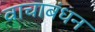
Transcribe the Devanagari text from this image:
वाचाबंधन